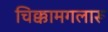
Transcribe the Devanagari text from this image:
चिक्कामगलारू